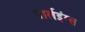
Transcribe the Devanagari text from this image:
पार्लेइंग्स